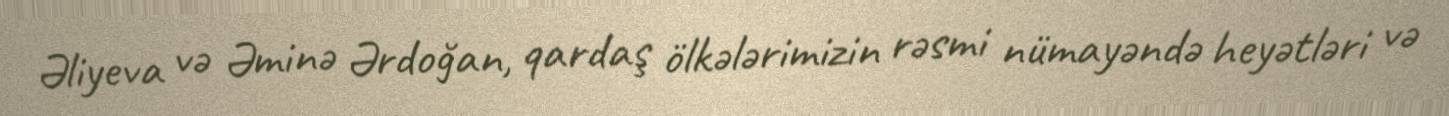
Əliyeva və Əminə Ərdoğan, qardaş ölkələrimizin rəsmi nümayəndə heyətləri və